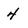
Character: 4